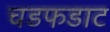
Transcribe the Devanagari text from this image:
चडफडाट